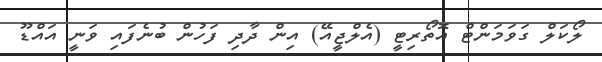
ލޯކަލް ގަވަމަންޓް އޮތޯރިޓީ (އެލްޖީއޭ) އިން ދާދި ފަހުން ބުނެފައި ވަނީ އައްޑޫ